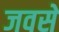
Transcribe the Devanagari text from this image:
जवसे